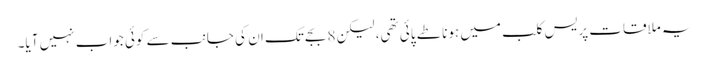
یہ ملاقات پریس کلب میں ہونا طے پائی تھی، لیکن 8 بجے تک ان کی جانب سے کوئی جواب نہیں آیا۔